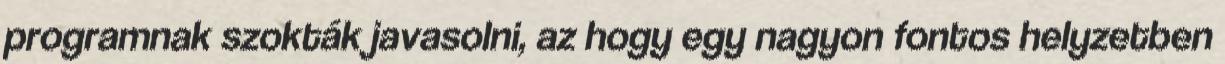
programnak szokták javasolni, az hogy egy nagyon fontos helyzetben